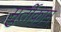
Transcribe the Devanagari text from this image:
मुर्तीकाम